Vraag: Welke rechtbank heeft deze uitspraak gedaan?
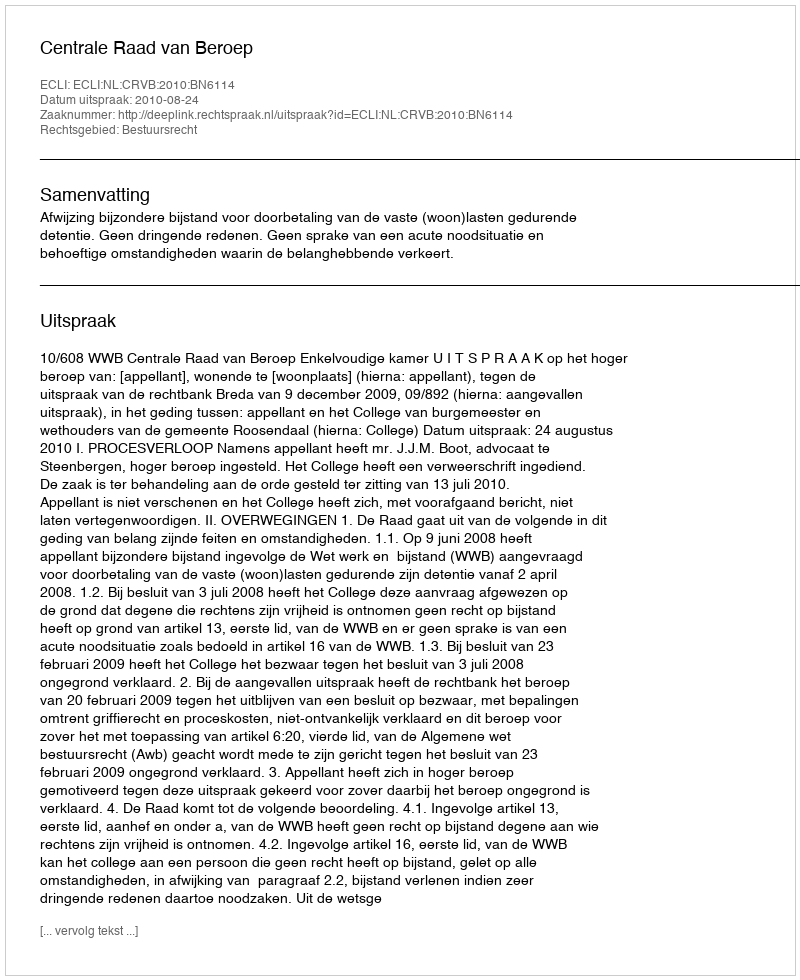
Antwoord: Centrale Raad van Beroep